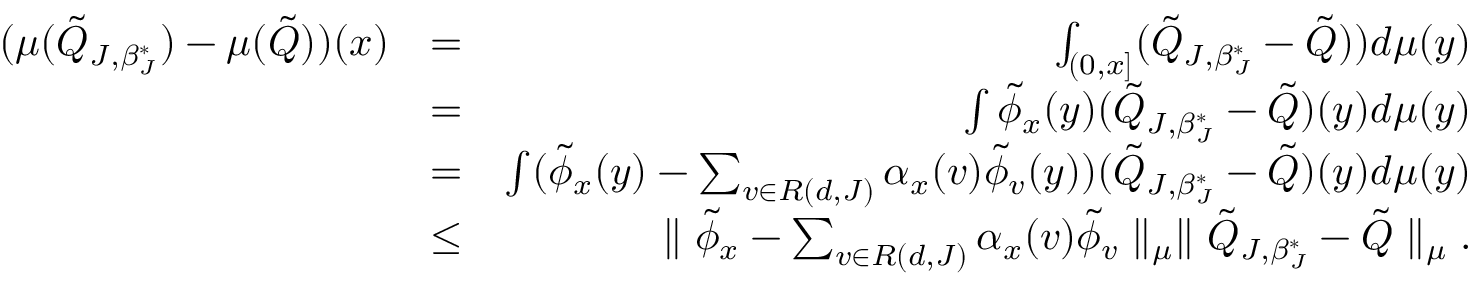
\begin{array} { r l r } { ( \mu ( \tilde { Q } _ { J , \beta _ { J } ^ { * } } ) - \mu ( \tilde { Q } ) ) ( x ) } & { = } & { \int _ { ( 0 , x ] } ( \tilde { Q } _ { J , \beta _ { J } ^ { * } } - \tilde { Q } ) ) d \mu ( y ) } \\ & { = } & { \int \tilde { \phi } _ { x } ( y ) ( \tilde { Q } _ { J , \beta _ { J } ^ { * } } - \tilde { Q } ) ( y ) d \mu ( y ) } \\ & { = } & { \int ( \tilde { \phi } _ { x } ( y ) - \sum _ { v \in { \cal R } ( d , J ) } \alpha _ { x } ( v ) \tilde { \phi } _ { v } ( y ) ) ( \tilde { Q } _ { J , \beta _ { J } ^ { * } } - \tilde { Q } ) ( y ) d \mu ( y ) } \\ & { \leq } & { \parallel \tilde { \phi } _ { x } - \sum _ { v \in { \cal R } ( d , J ) } \alpha _ { x } ( v ) \tilde { \phi } _ { v } \parallel _ { \mu } \parallel \tilde { Q } _ { J , \beta _ { J } ^ { * } } - \tilde { Q } \parallel _ { \mu } . } \end{array}